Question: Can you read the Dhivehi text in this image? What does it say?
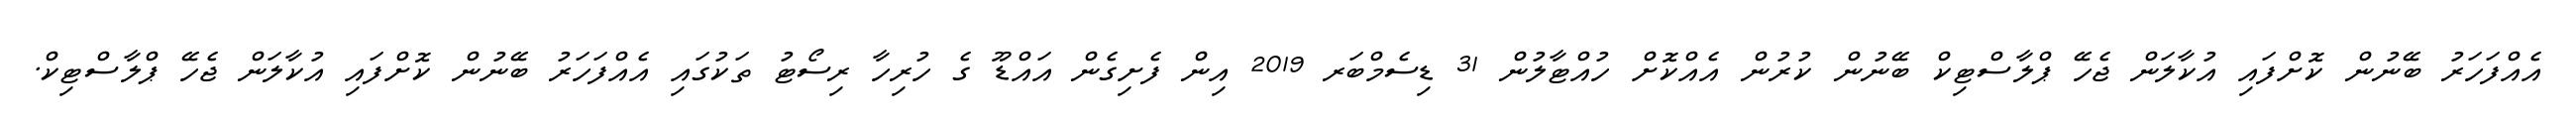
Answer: އެއްފަހަރު ބޭނުން ކޮށްފައި އުކާލަން ޖެހޭ ޕްލާސްޓިކް ބޭނުން ކުރުން އެއްކޮށް ހުއްޓާލުން 31 ޑިސެމްބަރ 2019 އިން ފެށިގެން އައްޑޫ ގެ ހުރިހާ ރިސޯޓު ތަކުގައި އެއްފަހަރު ބޭނުން ކޮށްފައި އުކާލަން ޖެހޭ ޕްލާސްޓިކް.